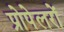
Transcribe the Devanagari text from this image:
प्रोपेलरों